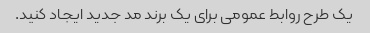
یک طرح روابط عمومی برای یک برند مد جدید ایجاد کنید.